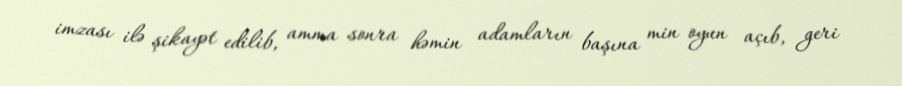
imzası ilə şikayət edilib, amma sonra həmin adamların başına min oyun açıb, geri